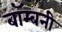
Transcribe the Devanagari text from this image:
बॉम्बनी